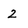
Character: 2